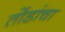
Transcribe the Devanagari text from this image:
तोंडांचा